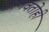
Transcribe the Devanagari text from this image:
जाणवतोही